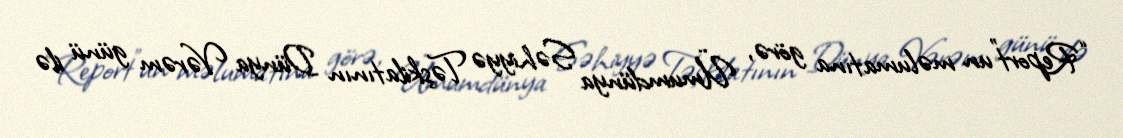
“Report”un məlumatına görə, Ümumdünya Səhiyyə Təşkilatının Dünya Vərəm günü ilə